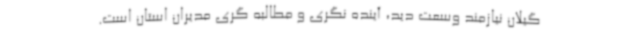
گیلان نیازمند وسعت دید، آینده نگری و مطالبه گری مدیران استان است.